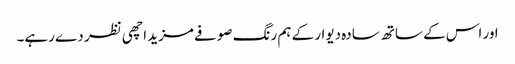
اور اس کے ساتھ سادہ دیوار کے ہم رنگ صوفے مزید اچھی نظر دے رہے۔